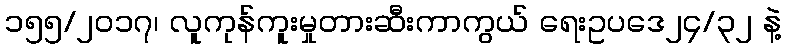
၁၅၅/၂၀၁၇၊ လူကုန်ကူးမှုတားဆီးကာကွယ် ရေးဥပဒေ၂၄/၃၂ နဲ့